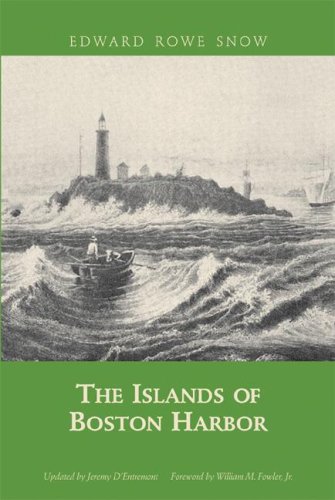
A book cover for The Islands of Boston Harbor (Snow Centennial Editions); Edward Rowe Snow; Travel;